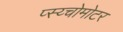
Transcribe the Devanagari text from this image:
प्स्य्चोमोटर